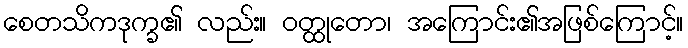
စေတသိကဒုက္ခ၏ လည်း။ ဝတ္ထုတော၊ အကြောင်း၏အဖြစ်ကြောင့်။